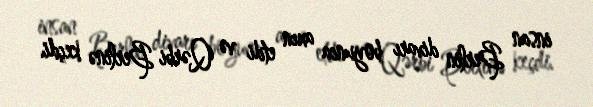
insan Berlin divarı boyunca axın etdi və Qərbi Berlinə keçdi.